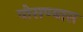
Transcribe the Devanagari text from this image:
पोसण्यास